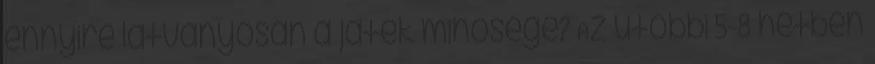
ennyire látványosan a játék minősége? Az utóbbi 5-8 hétben